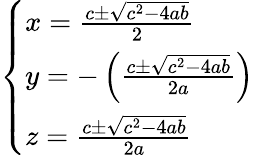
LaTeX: \left\{ \begin{array}{ll}{x={\frac{c\pm{\sqrt{c^{2}-4ab}}}{2}}}\\ {y=-\left({\frac{c\pm{\sqrt{c^{2}-4ab}}}{2a}}\right)}\\ {z={\frac{c\pm{\sqrt{c^{2}-4ab}}}{2a}}}\end{array}\right.